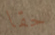
حقا